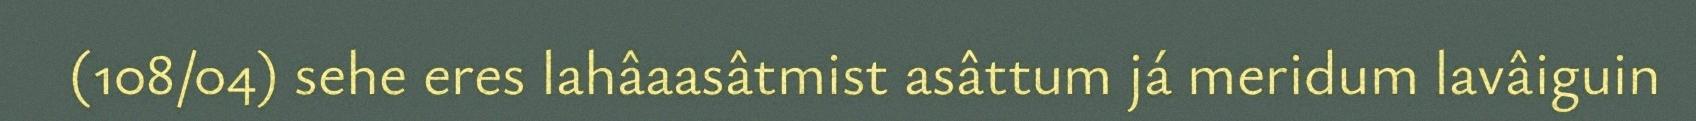
(108/04) sehe eres lahâaasâtmist asâttum já meridum lavâiguin